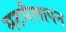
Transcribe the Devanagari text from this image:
मटमैलापन